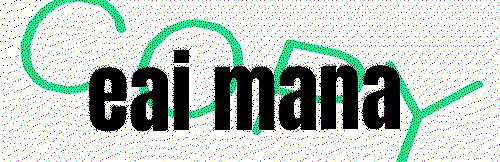
eai mana